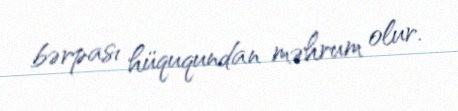
bərpası hüququndan məhrum olur.